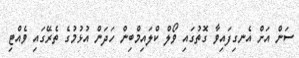
ސަން އަށް އެނގިފައިވާ ގޮތުގައި ވޯލް ކްލައިމްބިން ހަދަން އުޅުމުގެ ތެރޭގައި ވެއްޓި